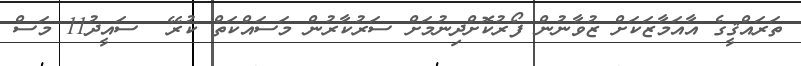
ތަަރައްޤީގެ އާއަމާޒަކަށް ޒުވާނުން ފޯރުކޮށްދިނުމަށް ސަރުކާރުން މަަސައްކަތް ކުރޭ  ސައީދު11 މަސް